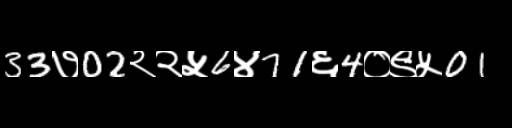
Text: 33७02२२५6४71६4०९५01